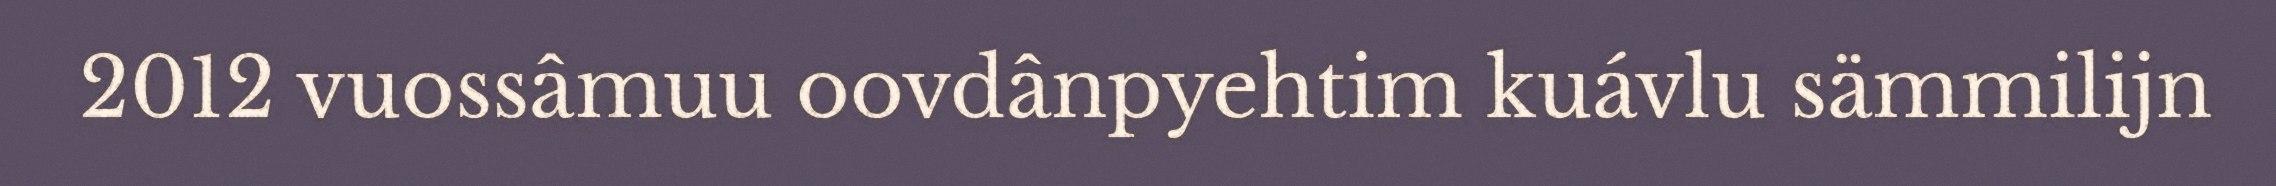
2012 vuossâmuu oovdânpyehtim kuávlu sämmilijn